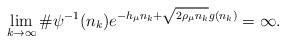
\begin{align*}\lim_{k\to\infty}\#\psi^{-1}(n_k)e^{-h_\mu n_k+\sqrt{2\rho_\mu n_k} g(n_k)}=\infty.\end{align*}